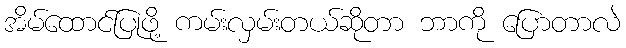
အိမ်ထောင်ပြုဖို့ ကမ်းလှမ်းတယ်ဆိုတာ ဘာကို ပြောတာလဲ